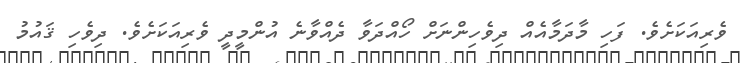
ވެރިއަކަށެވެ. ފަހި މާދަމާއެއް ދިވެހިންނަށް ހޯއްދަވާ ދެއްވާނެ އުންމީދީ ވެރިއަކަށެވެ. ދިވެހި ޤައުމު